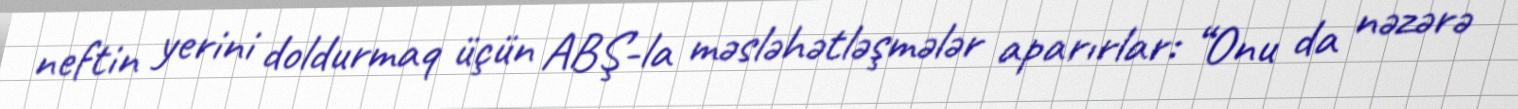
neftin yerini doldurmaq üçün ABŞ-la məsləhətləşmələr aparırlar: “Onu da nəzərə